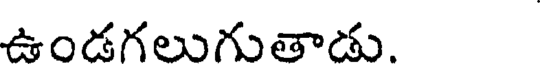
ఉండగలుగుతాడు.